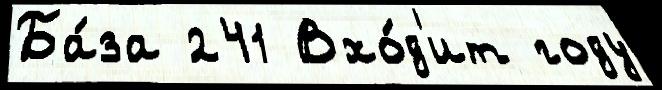
Ба́за 241 Вхо́д'ит году